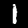
Label: 1